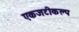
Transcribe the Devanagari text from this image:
एकजटीकल्प